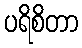
ပရိစိတာ